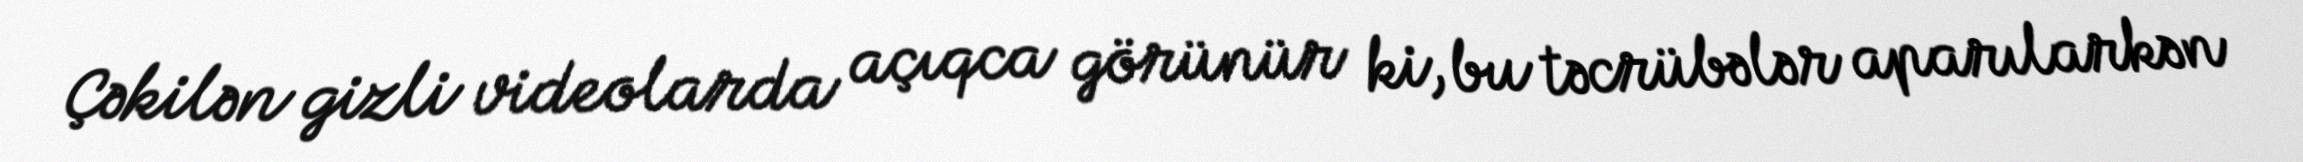
Çəkilən gizli videolarda açıqca görünür ki, bu təcrübələr aparılarkən